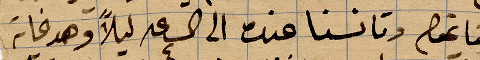
القايمقم وتانسنا عنده الى الساعة ٤ ليلًا وهو غاية